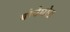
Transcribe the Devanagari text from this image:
बोचेघोळ